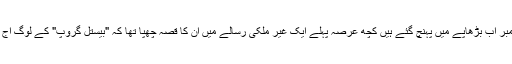
میں نے سنا ہے کہ اس کے ممبر اب بڑھاپے میں پہنچ گئے ہیں کچھ عرصہ پہلے ایک غیر ملکی رسالے میں ان کا قصہ چھپا تھا کہ "بیستل گروپ" کے لوگ آج کہاں ہیں اور کیا کر رہے ہیں۔